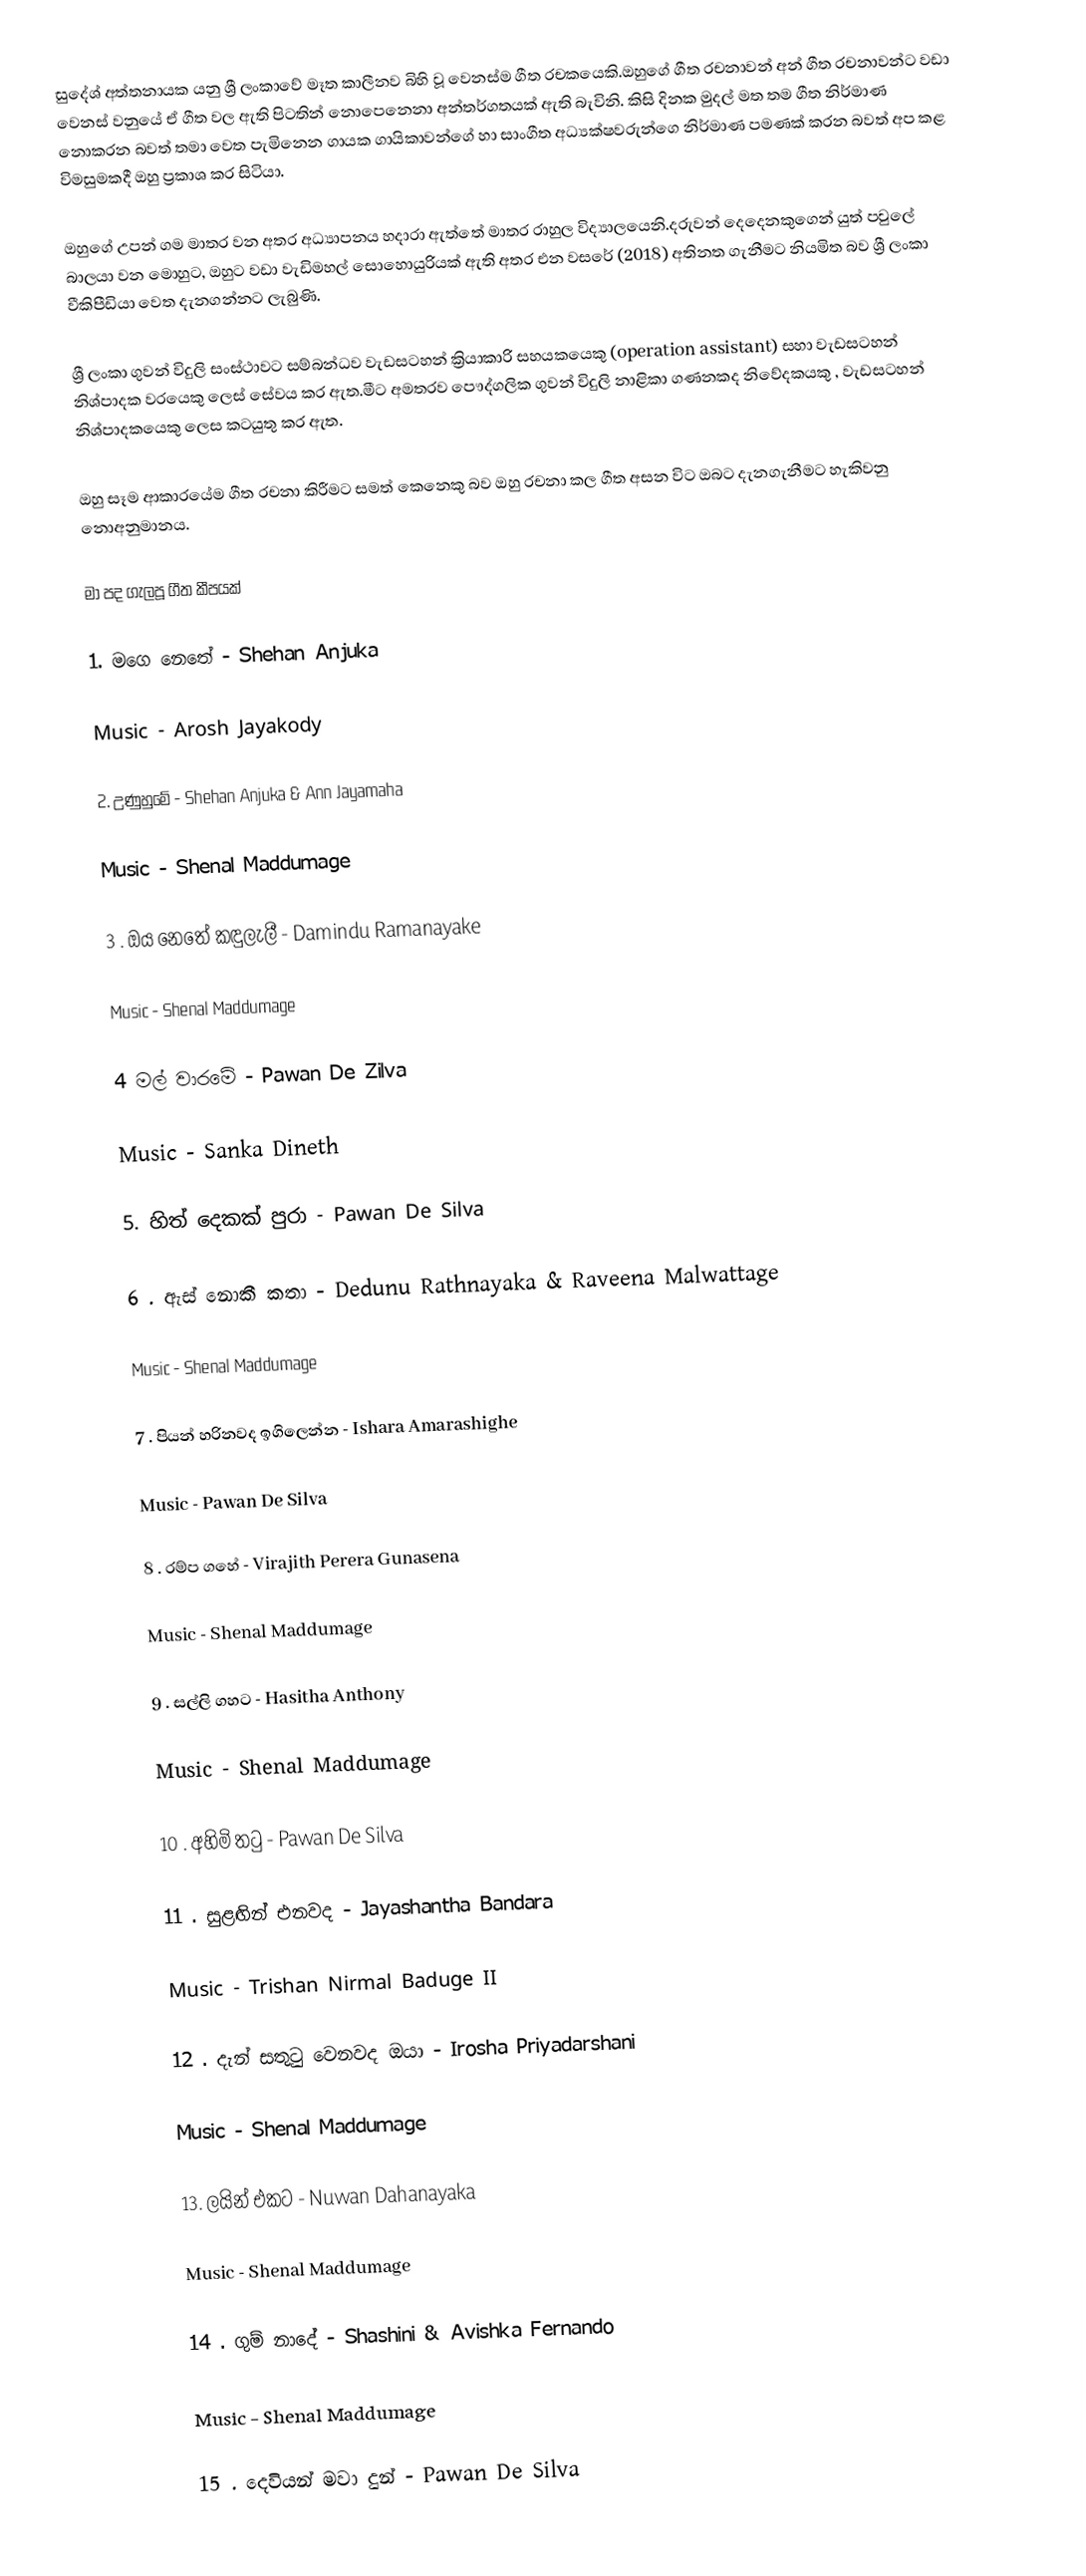
සුදේශ් අත්තනායක යනු ශ්‍රී ලංකාවේ මෑත කාලීනව බිහි වූ වෙනස්ම ගීත රචකයෙකි.ඔහුගේ  ගීත රචනාවන් අන් ගීත රචනාවන්ට වඩා වෙනස් වනුයේ ඒ ගීත වල ඇති පිටතින් නොපෙනෙනා අන්තර්ගතයක් ඇති බැවිනි. කිසි දිනක මුදල් මත තම ගීත නිර්මාණ නොකරන බවත් තමා වෙත පැමිනෙන ගායක ගායිකාවන්ගේ හා සාංගීත අධ්‍යක්ෂවරුන්ගෙ නිර්මාණ පමණක් කරන බවත් අප කළ විමසුමකදී ඔහු ප්‍රකාශ කර සිටියා.

ඔහුගේ උපන් ගම මාතර වන අතර අධ්‍යාපනය හදාරා ඇත්තේ මාතර රාහුල විද්‍යාලයෙනි.දරුවන් දෙදෙනකුගෙන් යුත් පවුලේ බාලයා වන මොහුට, ඔහුට වඩා වැඩිමහල් සොහොයුරියක් ඇති අතර එන වසරේ (2018) අතිනත ගැනීමට නියමිත බව ශ්‍රී ලංකා වීකිපීඩියා වෙත දැනගන්නට ලැබුණි.

ශ්‍රී ලංකා ගුවන් විදුලි සංස්ථාවට සම්බන්ධව වැඩසටහන් ක්‍රියාකාරි සහයකයෙකු (operation assistant) සහා වැඩසටහන් නිශ්පාදක වරයෙකු ලෙස් සේවය කර ඇත.මීට අමතරව පෞද්ගලික ගුවන් විදුලි නාළිකා ගණනකද නිවේදකයකු , වැඩසටහන් නිශ්පාදකයෙකු ලෙස කටයුතු කර ඇත.

ඔහු සෑම ආකාරයේම ගීත රචනා කිරීමට සමත් කෙනෙකු බව ඔහු රචනා කල ගීත අසන විට ඔබට දැනගැනීමට හැකිවනු නොඅනුමානය.

මා පද ගැලපූ ගීත කීපයක්

1. මගෙ නෙතේ - Shehan Anjuka

Music  - Arosh Jayakody

2. උණුහුමේ - Shehan Anjuka & Ann Jayamaha

Music - Shenal Maddumage

3 . ඔය නෙතේ කඳුලැලී - Damindu Ramanayake

Music - Shenal Maddumage

4 මල් වාරමේ - Pawan De Zilva

Music - Sanka Dineth

5. හිත් දෙකක් පුරා - Pawan De Silva

6 . ඇස් නොකී කතා - Dedunu Rathnayaka & Raveena Malwattage

Music  - Shenal Maddumage

7 . පියන් හරිනවද ඉගිලෙන්න - Ishara Amarashighe

Music - Pawan De Silva

8 . රම්ප ගහේ - Virajith Perera Gunasena

Music - Shenal Maddumage

9 . සල්ලි ගහට - Hasitha Anthony

Music  - Shenal Maddumage

10 . අහිමි තටු - Pawan De Silva

11 . සුළඟින් එනවද - Jayashantha Bandara

Music - Trishan Nirmal Baduge II

12 . දැන් සතුටු වෙනවද ඔයා - Irosha Priyadarshani

Music - Shenal Maddumage

13. ලයින් එකට - Nuwan Dahanayaka

Music  - Shenal Maddumage

14 . ගුම් නාදේ - Shashini & Avishka Fernando

Music - Shenal Maddumage

15 . දෙවියන් මවා දුන් - Pawan De Silva